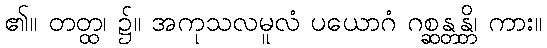
၏။ တတ္ထ၊ ၌။ အကုသလမူလံ ပယောဂံ ဂစ္ဆန္တန္တိ၊ ကား။